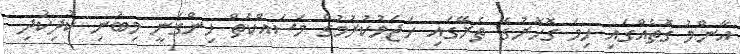
އާންމު ގޮތެއްގައި ހިމަ ގޮހޮރުގެ ތެރޭގައި ހަޖަމުކުރުމުގެ މަސައްކަތް ހިންގަނީ މިބުނި ކުދިކުދި